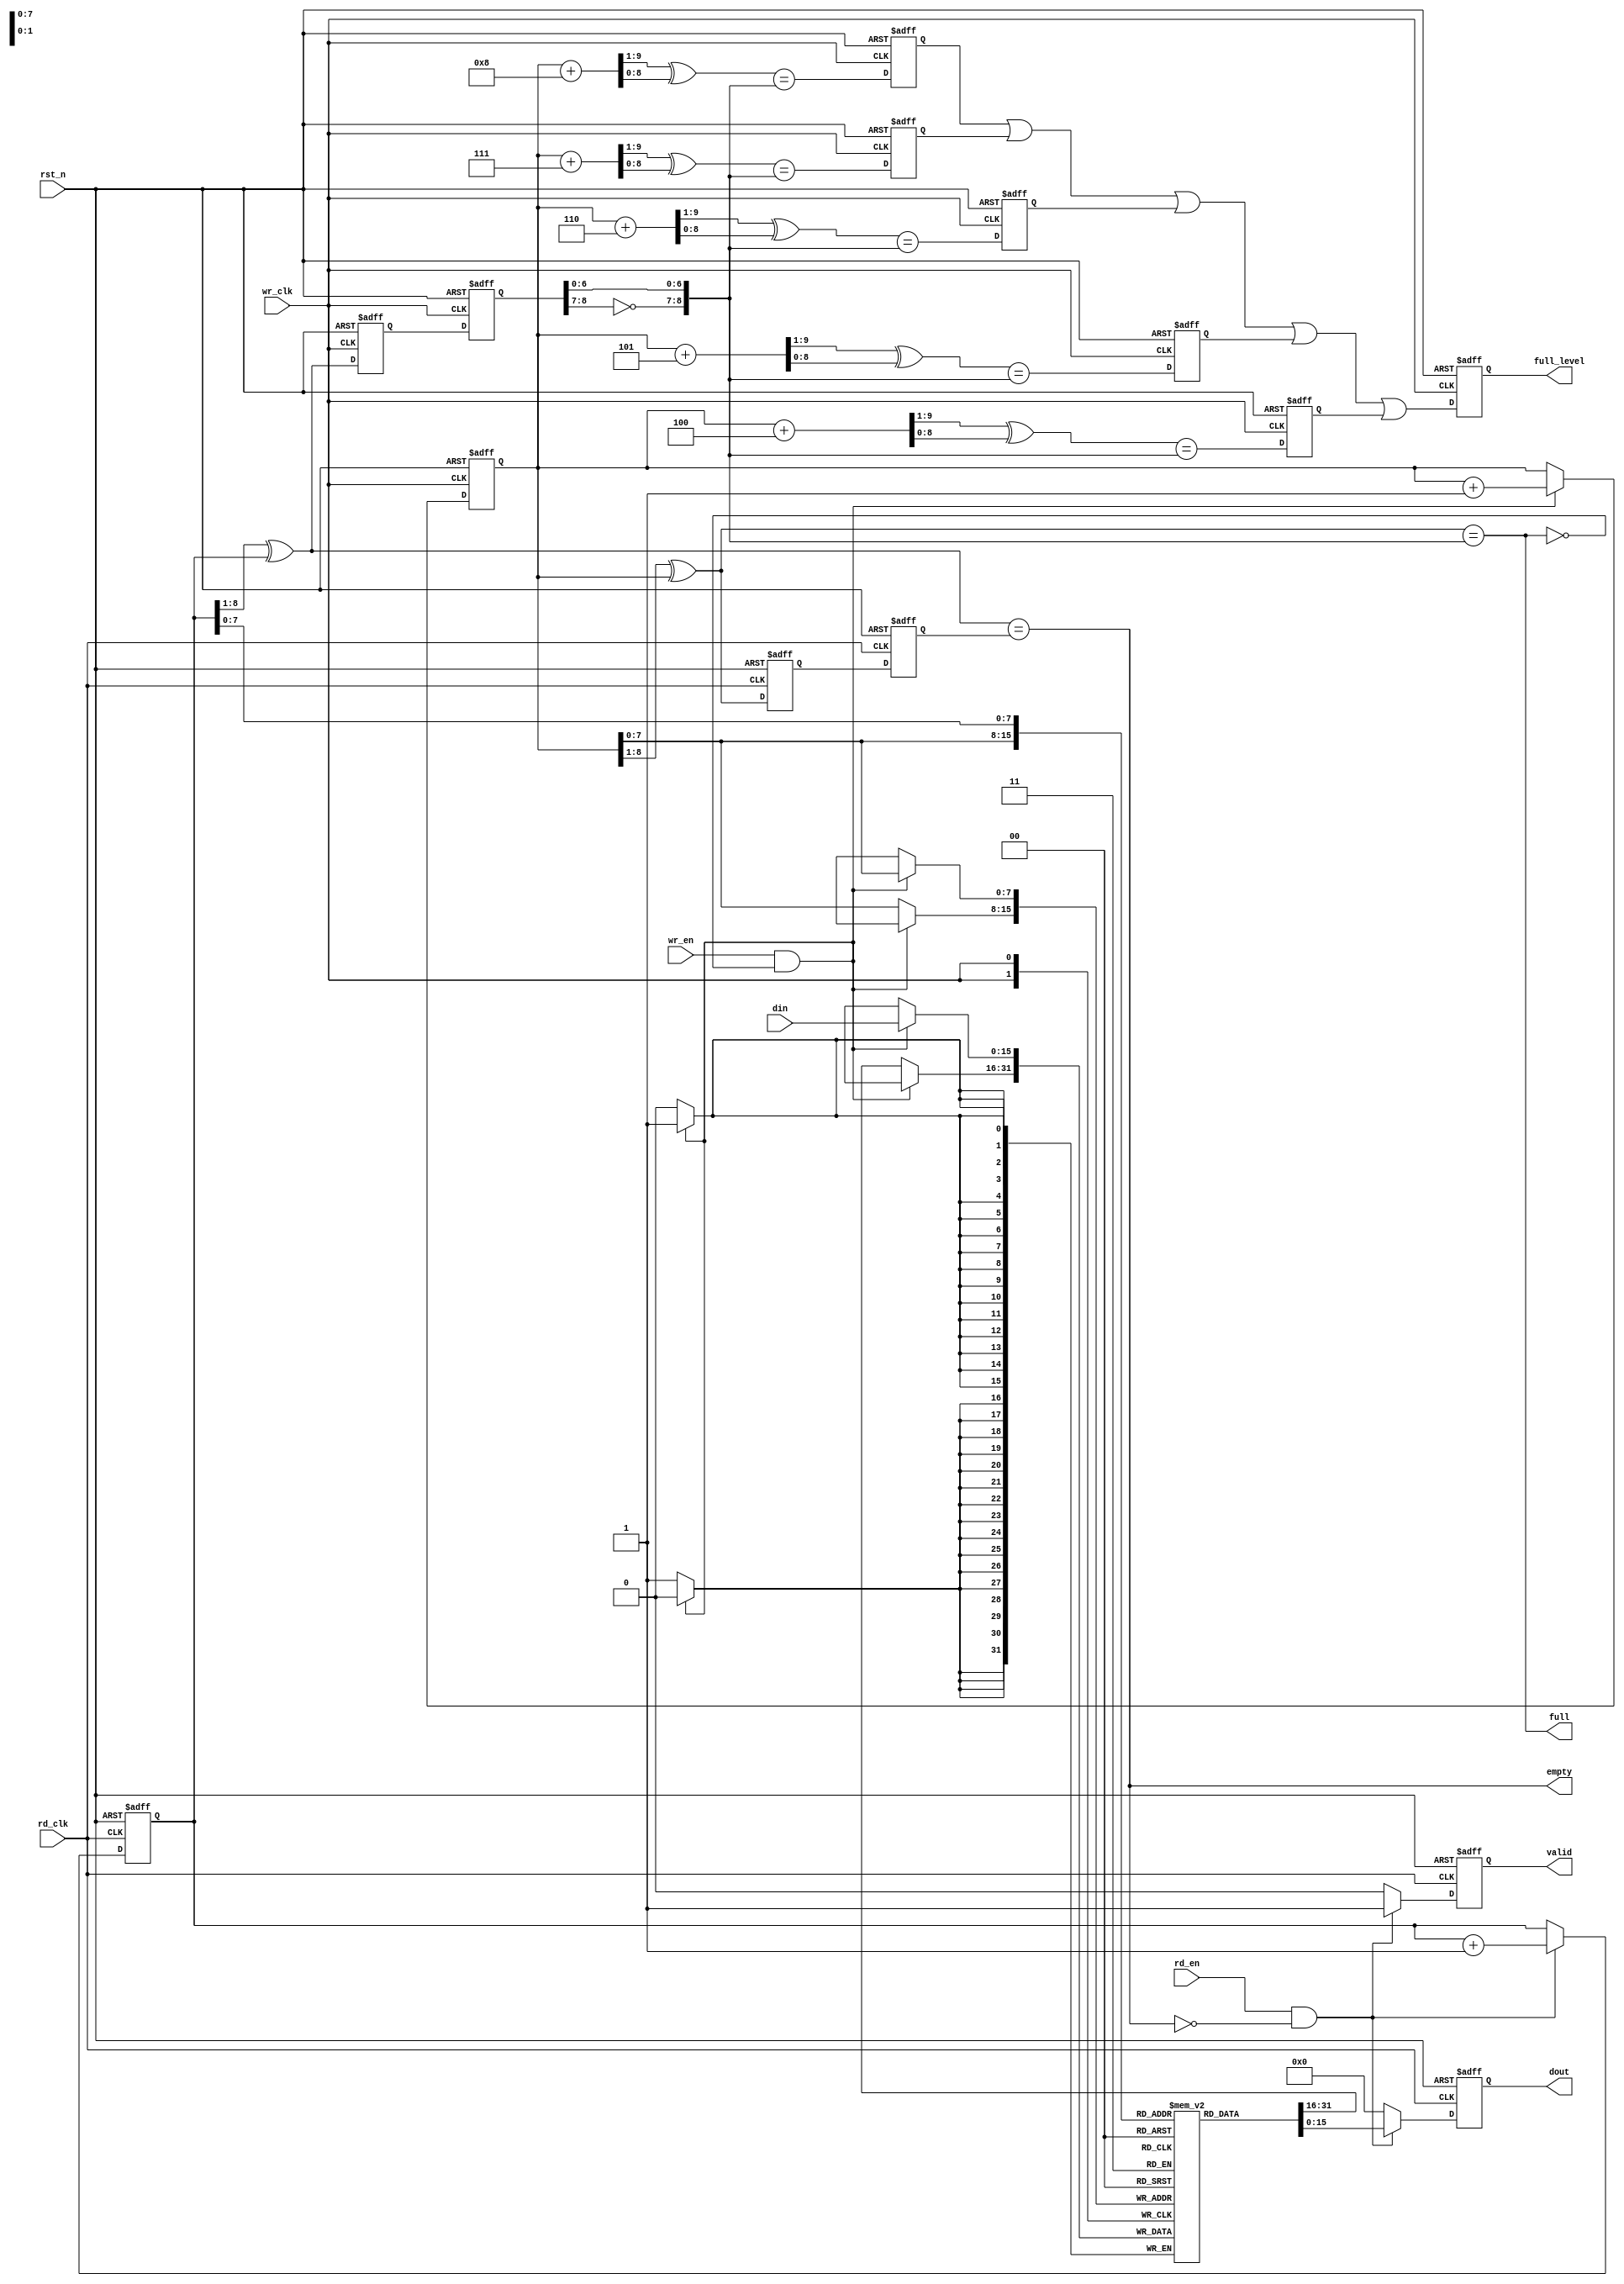
module fifo_async_rd#(
  parameter   data_width = 16,
  parameter   addr_width = 8,
  parameter   data_depth = 1 << addr_width
                
) (
  input                           rst_n,
  input                           wr_clk,
  input                           wr_en,
  input      [data_width-1:0]     din,         
  input                           rd_clk,
  input                           rd_en,
  output reg                      valid,
  output reg [data_width-1:0]     dout,
  output                          empty,
  output                          full ,
  output reg                      full_level               
);
// wire full;
wire  full_ahead;
wire full_ahead1;
wire full_ahead2;
wire full_ahead3;
wire full_ahead4;
wire full_ahead5;
reg  full_ahead_d1;
reg  full_ahead_d2;
reg  full_ahead_d3;
reg  full_ahead_d4;
reg  full_ahead_d5;
reg full_ahead_d, full_ahead_dd;
wire full_ahead_paulse;


reg    [addr_width:0]    wr_addr_ptr;
reg    [addr_width:0]    rd_addr_ptr;
wire   [addr_width-1:0]  wr_addr;
wire   [addr_width-1:0]  rd_addr;

wire   [addr_width:0]    wr_addr_gray;
wire   [addr_width:0]    wr_addr_gray_ahead;
wire   [addr_width:0]    wr_addr_gray_ahead1;
wire   [addr_width:0]    wr_addr_gray_ahead2;
wire   [addr_width:0]    wr_addr_gray_ahead3;
wire   [addr_width:0]    wr_addr_gray_ahead4;
wire   [addr_width:0]    wr_addr_gray_ahead5;
reg    [addr_width:0]    wr_addr_gray_d1;
reg    [addr_width:0]    wr_addr_gray_d2;
wire   [addr_width:0]    rd_addr_gray;
reg    [addr_width:0]    rd_addr_gray_d1;
reg    [addr_width:0]    rd_addr_gray_d2;


reg [data_width-1:0] fifo_ram [data_depth-1:0];

//=========================================================write fifo 
always@(posedge wr_clk )
    begin
       if(wr_en && (~full))
          fifo_ram[wr_addr] <= din;
       else
          fifo_ram[wr_addr] <= fifo_ram[wr_addr];
    end   
  
   
//========================================================read_fifo
always@(posedge rd_clk or negedge rst_n)
   begin
      if(!rst_n)
         begin
            dout <= 'h0;
            valid <= 1'b0;
         end
      else if(rd_en && (~empty))
         begin
            dout <= fifo_ram[rd_addr];
            valid <= 1'b1;
         end
      else
         begin
            dout <=   'h0;
            valid <= 1'b0;
         end
   end
assign wr_addr = wr_addr_ptr[addr_width-1-:addr_width];
assign rd_addr = rd_addr_ptr[addr_width-1-:addr_width];
//===========================================================
always@(posedge wr_clk or negedge rst_n)
   begin
    if( !rst_n ) begin
      rd_addr_gray_d1 <= 0;
      rd_addr_gray_d2 <= 0;
    end else begin
      rd_addr_gray_d1 <= rd_addr_gray;
      rd_addr_gray_d2 <= rd_addr_gray_d1;
    end
   end
always@(posedge wr_clk or negedge rst_n)
   begin
      if(!rst_n)
         wr_addr_ptr <= 'h0;
      else if(wr_en && (~full))
         wr_addr_ptr <= wr_addr_ptr + 1;
      else 
         wr_addr_ptr <= wr_addr_ptr;
   end
//=========================================================rd_clk
always@(posedge rd_clk or negedge rst_n)
      begin
        if( !rst_n ) begin
          wr_addr_gray_d1 <= 0;
          wr_addr_gray_d2 <= 0;
        end else begin
         wr_addr_gray_d1 <= wr_addr_gray;
         wr_addr_gray_d2 <= wr_addr_gray_d1;
       end
      end
always@(posedge rd_clk or negedge rst_n)
   begin
      if(!rst_n)
         rd_addr_ptr <= 'h0;
      else if(rd_en && (~empty))
         rd_addr_ptr <= rd_addr_ptr + 1;
      else 
         rd_addr_ptr <= rd_addr_ptr;
   end

//========================================================== translation gary code
assign wr_addr_gray = (wr_addr_ptr >> 1) ^ wr_addr_ptr;
assign rd_addr_gray = (rd_addr_ptr >> 1) ^ rd_addr_ptr;

assign full = (wr_addr_gray == {~(rd_addr_gray_d2[addr_width-:2]),rd_addr_gray_d2[addr_width-2:0]}) ;
assign empty = ( rd_addr_gray == wr_addr_gray_d2 );

// =====================================================================

assign wr_addr_gray_ahead1 = ( (wr_addr_ptr + 8 ) >> 1) ^ (wr_addr_ptr + 8 ); //ahead 2 wr_clk
assign wr_addr_gray_ahead2 = ( (wr_addr_ptr + 7 ) >> 1) ^ (wr_addr_ptr + 7 ); //ahead 2 wr_clk
assign wr_addr_gray_ahead3 = ( (wr_addr_ptr + 6 ) >> 1) ^ (wr_addr_ptr + 6 ); //ahead 2 wr_clk
assign wr_addr_gray_ahead4 = ( (wr_addr_ptr + 5 ) >> 1) ^ (wr_addr_ptr + 5 ); //ahead 2 wr_clk
assign wr_addr_gray_ahead5 = ( (wr_addr_ptr + 4 ) >> 1) ^ (wr_addr_ptr + 4 ); //ahead 2 wr_clk

assign full_ahead1 = (wr_addr_gray_ahead1 == {~(rd_addr_gray_d2[addr_width-:2]),rd_addr_gray_d2[addr_width-2:0]}) ; //paulse
assign full_ahead2 = (wr_addr_gray_ahead2 == {~(rd_addr_gray_d2[addr_width-:2]),rd_addr_gray_d2[addr_width-2:0]}) ; //paulse
assign full_ahead3 = (wr_addr_gray_ahead3 == {~(rd_addr_gray_d2[addr_width-:2]),rd_addr_gray_d2[addr_width-2:0]}) ; //paulse
assign full_ahead4 = (wr_addr_gray_ahead4 == {~(rd_addr_gray_d2[addr_width-:2]),rd_addr_gray_d2[addr_width-2:0]}) ; //paulse
assign full_ahead5 = (wr_addr_gray_ahead5 == {~(rd_addr_gray_d2[addr_width-:2]),rd_addr_gray_d2[addr_width-2:0]}) ; //paulse

always @ ( posedge wr_clk or negedge rst_n ) begin
    if ( !rst_n ) begin
      {full_ahead_d1, full_ahead_d2, full_ahead_d3, full_ahead_d4, full_ahead_d5}   <= 5'd0;
    end else begin
      {full_ahead_d1, full_ahead_d2, full_ahead_d3, full_ahead_d4, full_ahead_d5}   <= 
      {full_ahead1, full_ahead2, full_ahead3, full_ahead4, full_ahead5};
    end
end

always @ ( posedge wr_clk or negedge rst_n ) begin
    if ( !rst_n ) begin
      full_level   <= 1'd0;
    end else begin
      full_level   <= full_ahead_d1|| full_ahead_d2|| full_ahead_d3|| full_ahead_d4|| full_ahead_d5;
    end
end


assign full_ahead_paulse = full_ahead_d && ~full_ahead_dd; //posedge wr_addr_gray_aheadpaulse

// always @ ( posedge wr_clk or negedge rst_n ) begin
//     if ( !rst_n ) begin
//       full_level   <= 1'd0;
//     end else if( full_ahead_paulse )begin
//       full_level   <= ~full_level;
//     end
// end


endmodule